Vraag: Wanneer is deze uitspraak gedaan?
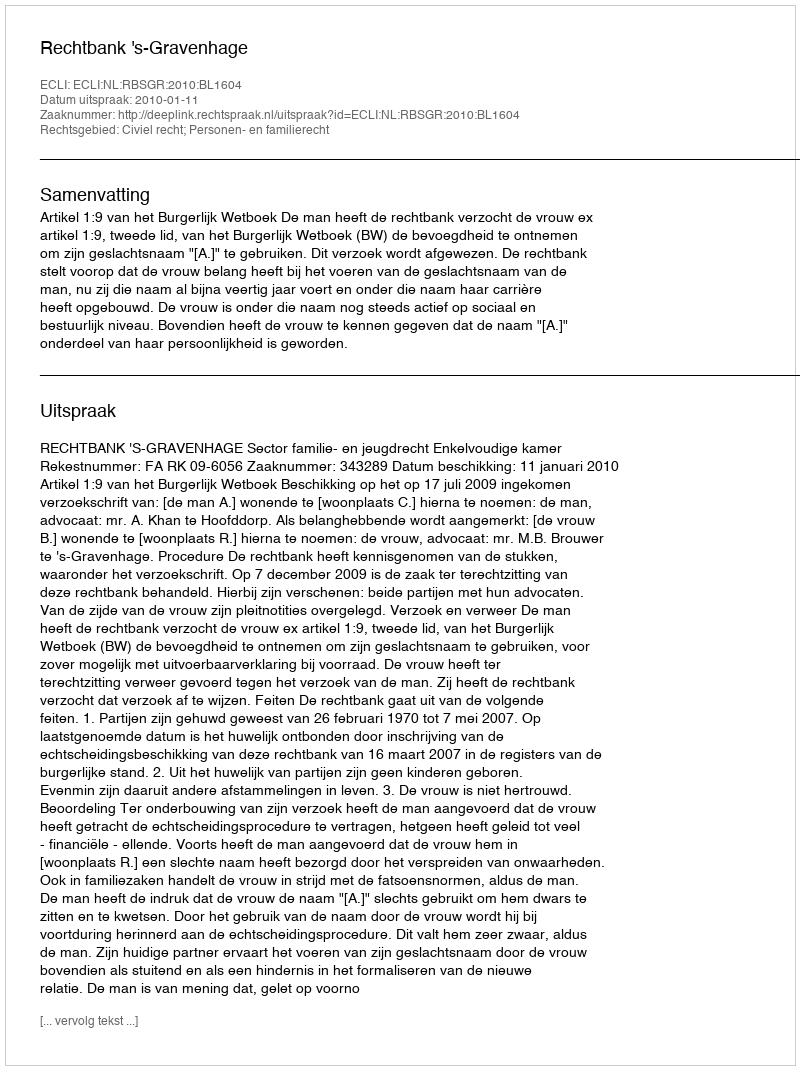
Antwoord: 2010-01-11